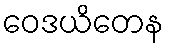
ဝေဒယိတေန